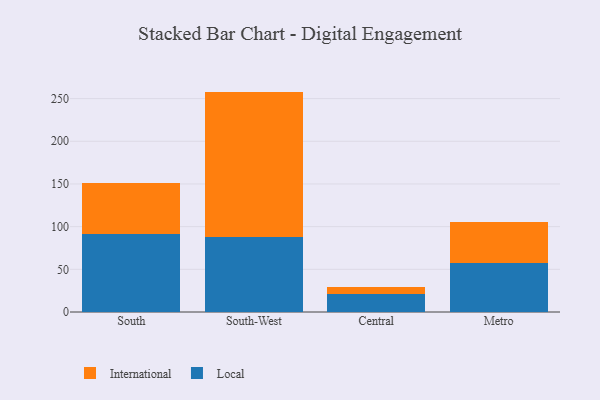
{"axis": {"x": "Region", "y": "Churn Rate (%)"}, "legend": ["International", "Local"], "data": [{"x": "South", "y": 91.3, "type": "Local"}, {"x": "South", "y": 60.3, "type": "International"}, {"x": "South-West", "y": 87.6, "type": "Local"}, {"x": "South-West", "y": 170.6, "type": "International"}, {"x": "Central", "y": 21.6, "type": "Local"}, {"x": "Central", "y": 7.2, "type": "International"}, {"x": "Metro", "y": 57.1, "type": "Local"}, {"x": "Metro", "y": 47.8, "type": "International"}]}